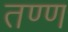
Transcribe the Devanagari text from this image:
तण्ण